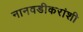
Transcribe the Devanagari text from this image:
नानवडीकरांशी